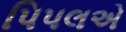
પિપલએ